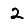
Digit: 2